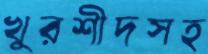
খুরশীদসহ